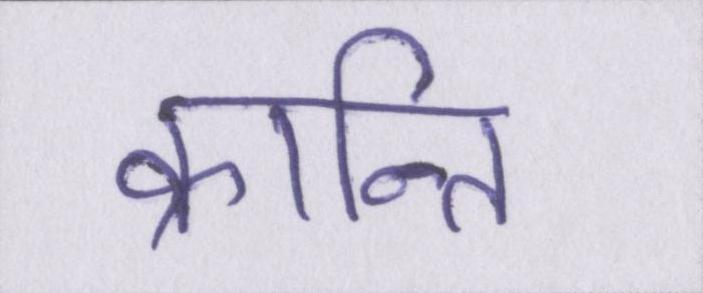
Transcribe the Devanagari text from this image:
क्रान्ति